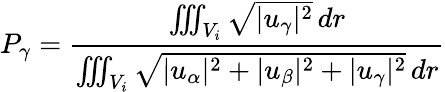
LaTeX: P_{\gamma}=\frac{\iiint_{V_{i}}\sqrt{|u_{\gamma}|^{2}}\, dr}{\iiint_{V_{i}}\sqrt{|u_{\alpha}|^{2}+|u_{\beta}|^{2}+|u_{\gamma}|^{2}}\, dr}